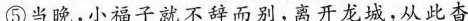
⑤当晚，小福子就不辞而别，离开龙城，从此杳